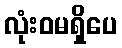
လုံးဝမရှိပေ